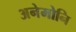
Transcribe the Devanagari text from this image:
अनेमोनि